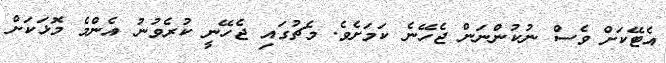
އެޓޭކަށް ވެސް ނުކުންނަން ޖެހޭނެ ކަމަށެވެ. މެޗުގައި ޖެހޭނީ ކުރެވުނު އެންމެ މޮޅަކަށް